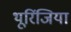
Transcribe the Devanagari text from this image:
थूरिंजिया